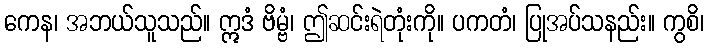
ကေန၊ အဘယ်သူသည်။ ဣဒံ ဗိမ္ဗံ၊ ဤဆင်းရဲတုံးကို။ ပကတံ၊ ပြုအပ်သနည်း။ ကွစိ၊